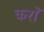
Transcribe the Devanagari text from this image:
करोँ